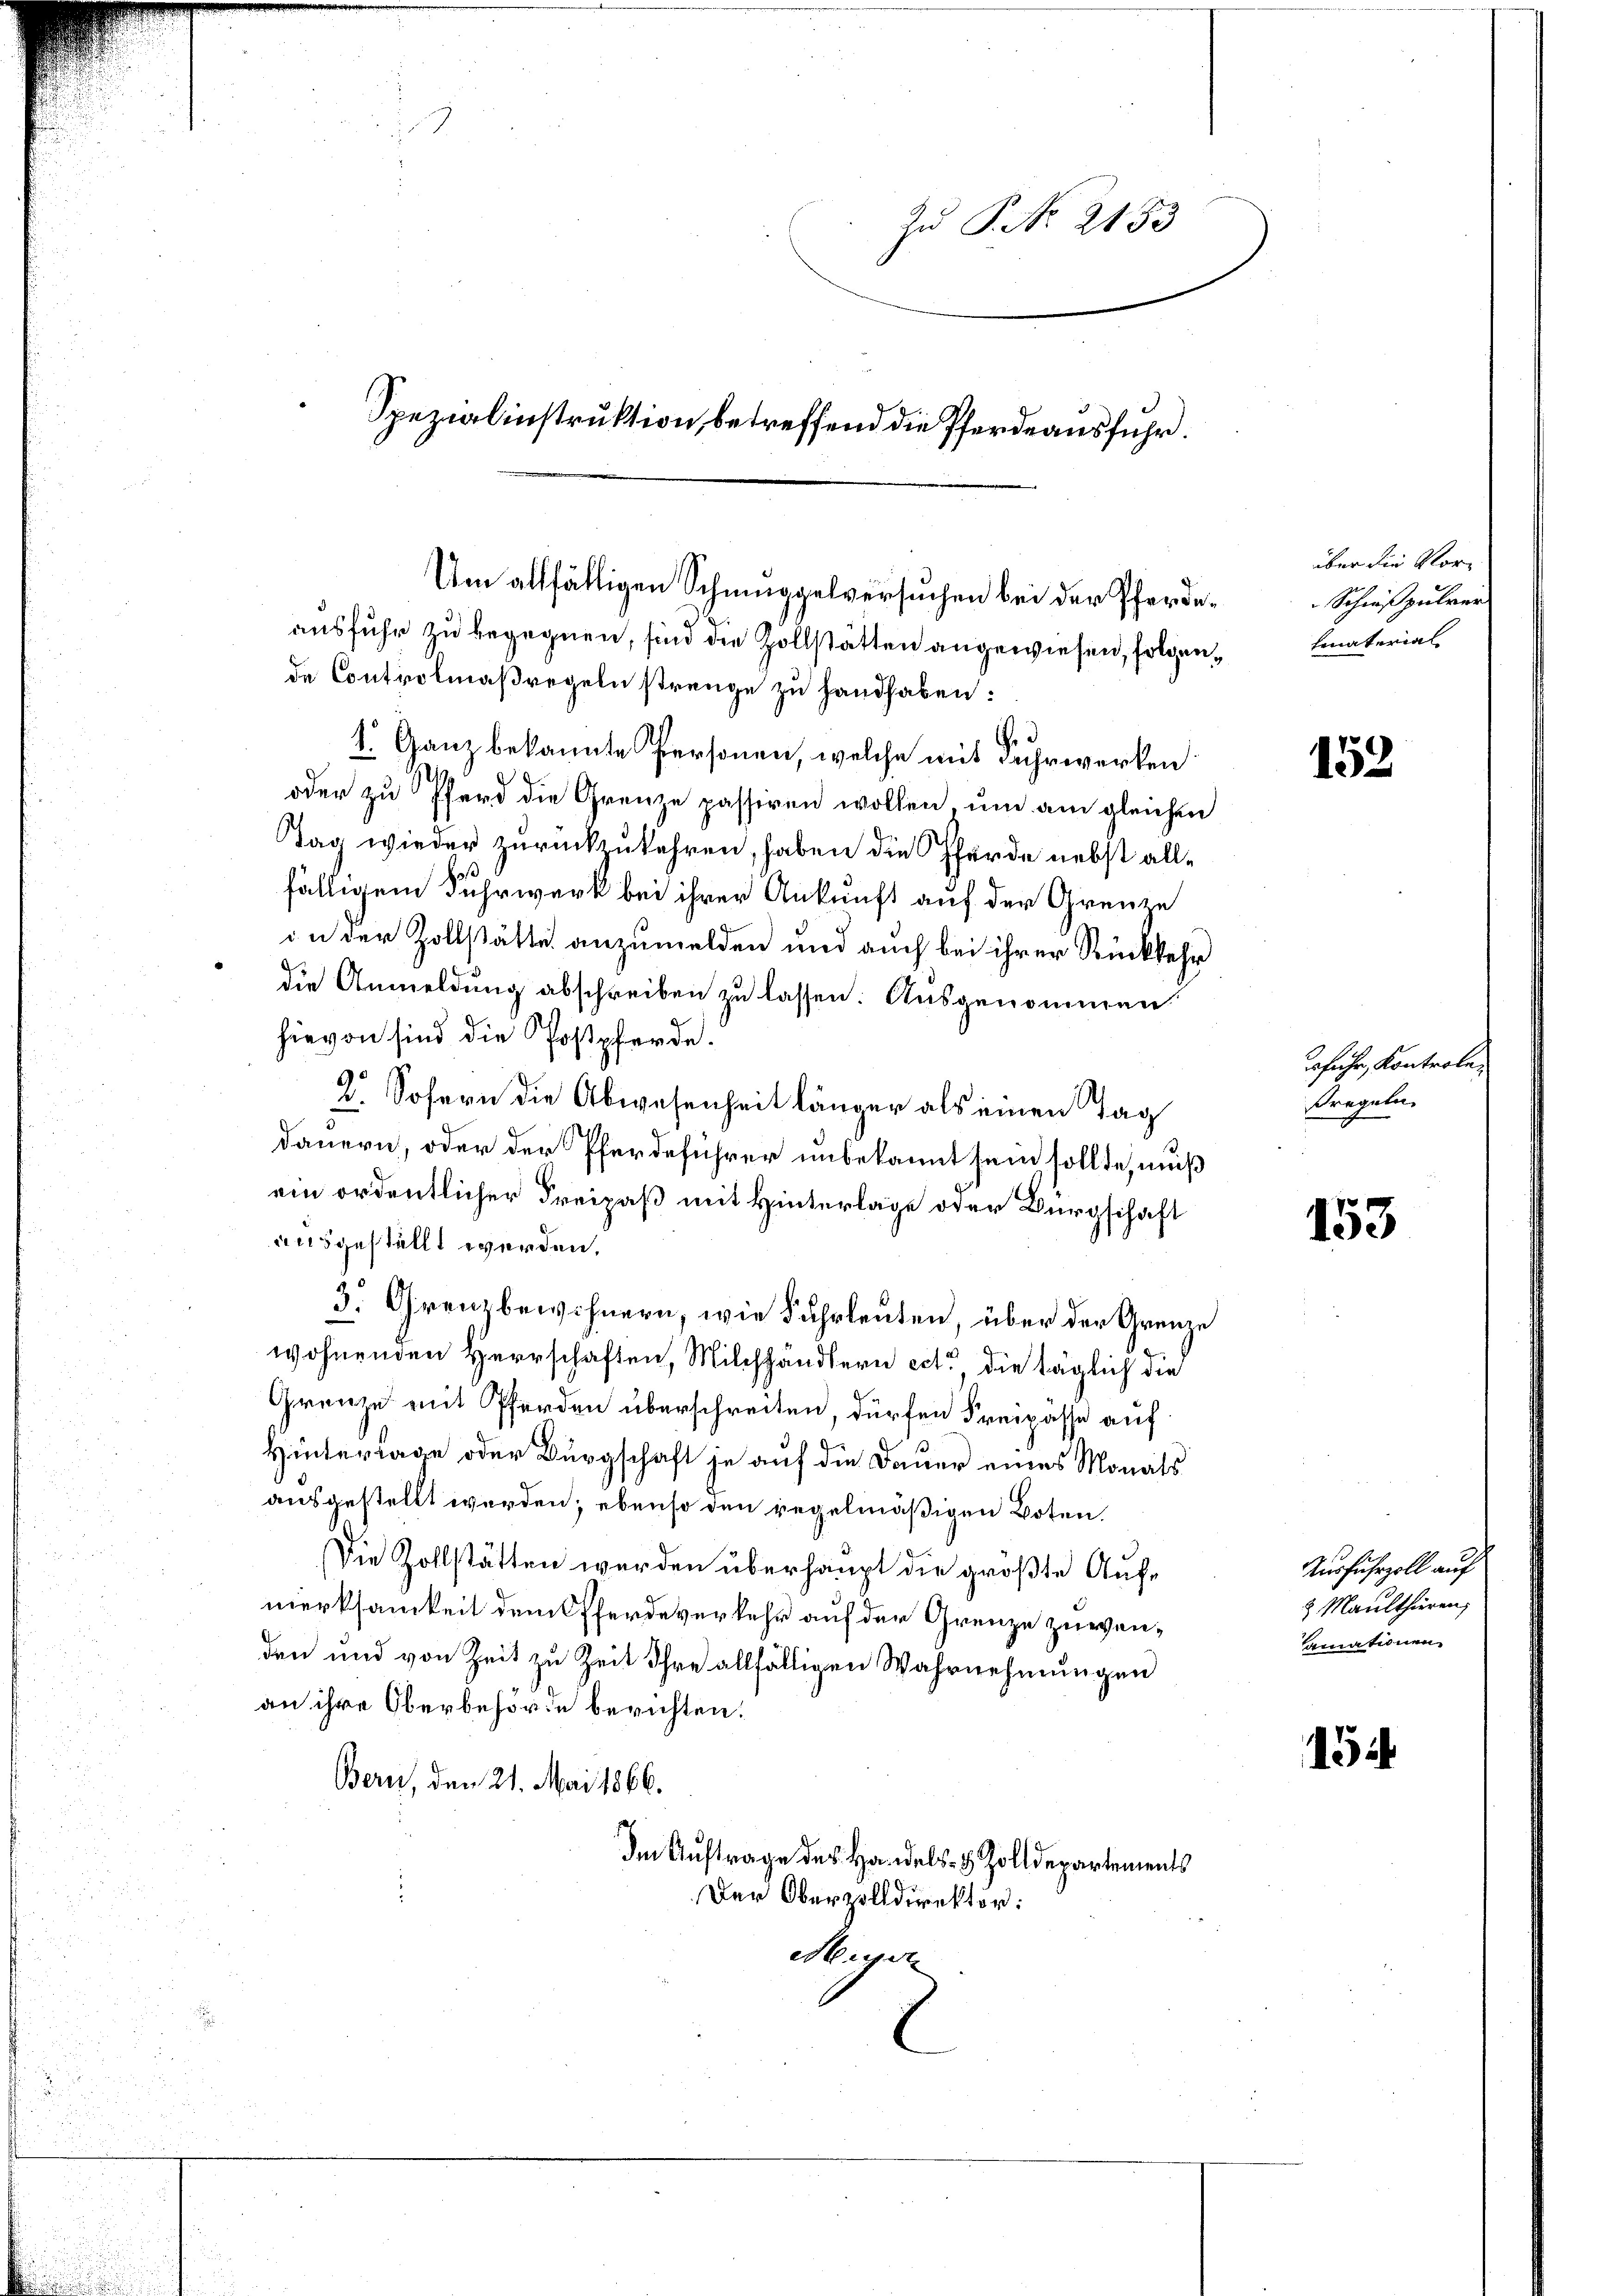
Zu P. Nr. 2153
Spezialinstruktion, betreffend die Pferdeausfuhr.

ausfuhr zu begegnen, sind die Zollstätten angewiesen, folgende Controlmaßregeln strenge zu handhaben:
e
1. Ganz bekannte Personen, welche mit Fuhrwerken
oder zu Pferd die Grenze passiren wollen um am gleichen
Tag wieder zurückzukehren, haben die Pferde nebst allfälligem Fuhrwerk bei ihrer Ankunft auf der Grenze
in der Zollstätte anzumelden und auch bei ihrer Rückkehr
die Anmeldung abschreiben zu lassen. Ausgenommen
hievon sind die Postpferde.
9
u. Sofern die Abwesenheit länger als einen Tag
dauern, oder der Pferdeführer unbekannt sein sollte, muß
ein ordentlicher Freipaß mit Hinterlage oder Bürgschaft
ausgestellt werden.
3. Grenzbewohnern, wie Fuhrleuten, über der Grenze
wohnenden Herrschaften, Milchhändlern est die täglich die
Grenze mit Pferden überschreiten, dürfen Freipasse auf
Hinterlage oder Bürgschaft je auf die Dauer eines Monats
ausgestellt werden; ebenso den regelmäßigen Boten.
Die Zollstätten werden überhaupt die größte Aufmerksamkeit dem Offerdeverkehr auf der Grenze zuwenden und von Zeit zu Zeit Ihre allfälligen Wahrnehmungen
an ihre Oberbehörde berichten.
Bern, den 21. Mai 1866.
Im Auftrage des Handels- & Zolldepartements
Der Oberzolldirektor:
Meiger

Um allfälligen Schmuggelversuchen bei der Pferde¬

über die Vor¬
Schießpulver
heaterial

152

fuhr, Kontrole,
sregeln.

153

Ausfuhrzoll auf
2 Maulthieren,
amationen

154